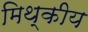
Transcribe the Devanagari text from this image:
मिथ्कीय